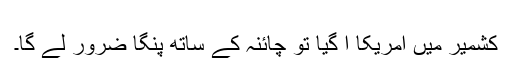
​
کشمیر میں امریکا آ گیا تو چائنہ کے ساتھ پنگا ضرور لے گا۔